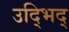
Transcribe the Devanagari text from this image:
उद्भिद्